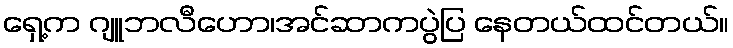
ရှေ့က ဂျူဘလီဟော၊အင်ဆာကပွဲပြ နေတယ်ထင်တယ်။